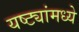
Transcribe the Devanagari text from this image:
यष्ट्यांमध्ये